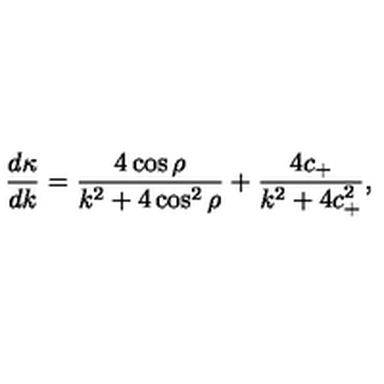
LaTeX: \frac { d \kappa } { d k } = \frac { 4 \cos \rho } { k ^ { 2 } + 4 \cos ^ { 2 } \rho } + \frac { 4 c _ { + } } { k ^ { 2 } + 4 c _ { + } ^ { 2 } } ,